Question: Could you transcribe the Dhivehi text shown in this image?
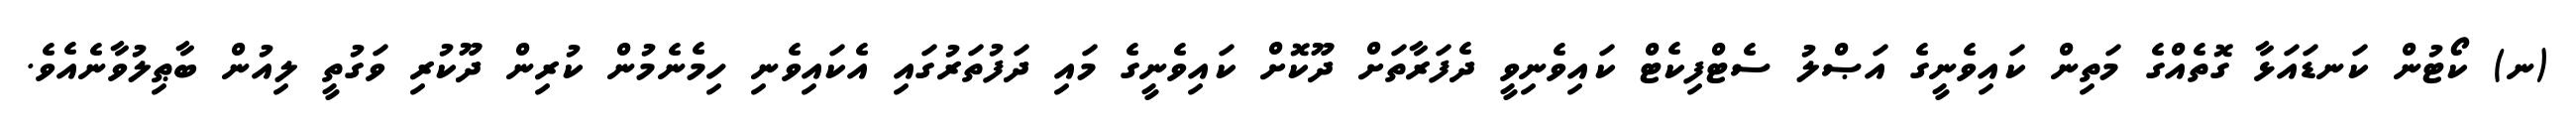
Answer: (ނ) ކޯޓުން ކަނޑައަޅާ ގޮތެއްގެ މަތިން ކައިވެނީގެ އަޞްލު ސެޓްފިކެޓް ކައިވެނިވީ ދެފަރާތަށް ދޫކޮށް ކައިވެނީގެ މައި ދަފުތަރުގައި އެކައިވެނި ހިމެނެމުން ކުރިން ދޫކުރި ވަގުތީ ލިއުން ބާޠިލުވާނެއެވެ.